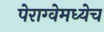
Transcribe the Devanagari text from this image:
पेराग्वेमध्येच